Vaccine operations Central Provinces 1900-1911 - 1900-1911
Year: 1900
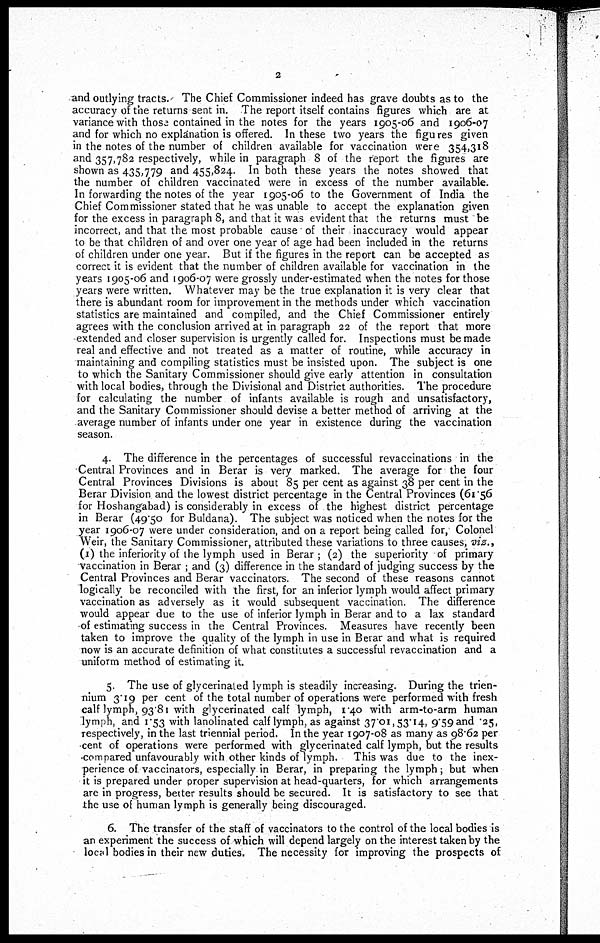
2
and outlying tracts. The Chief Commissioner indeed has grave doubts as to the
accuracy of the returns sent in. The report itself contains figures which are at
variance with those contained in the notes for the years 1905-06 and 1906-07
and for which no explanation is offered. In these two years the figures given
in the notes of the number of children available for vaccination were 354,318
and 357,782 respectively, while in paragraph 8 of the report the figures are
shown as 435,779 and 455,824. In both these years the notes showed that
the number of children vaccinated were in excess of the number available.
In forwarding the notes of the year 1905-06 to the Government of India the
Chief Commissioner stated that he was unable to accept the explanation given
for the excess in paragraph 8, and that it was evident that the returns must be
incorrect, and that the most probable cause of their inaccuracy would appear
to be that children of and over one year of age had been included in the returns
of children under one year. But if the figures in the report can be accepted as
correct it is evident that the number of children available for vaccination in the
years 1905-06 and 1906-07 were grossly under-estimated when the notes for those
years were written. Whatever may be the true explanation it is very clear that
there is abundant room for improvement in the methods under which vaccination
statistics are maintained and compiled, and the Chief Commissioner entirely
agrees with the conclusion arrived at in paragraph 22 of the report that more
extended and closer supervision is urgently called for. Inspections must be made
real and effective and not treated as a matter of routine, while accuracy in
maintaining and compiling statistics must be insisted upon. The subject is one
to which the Sanitary Commissioner should give early attention in consultation
with local bodies, through the Divisional and District authorities. The procedure
for calculating the number of infants available is rough and unsatisfactory,
and the Sanitary Commissioner should devise a better method of arriving at the
average number of infants under one year in existence during the vaccination
season.
4. The difference in the percentages of successful revaccinations in the
Central Provinces and in Berar is very marked. The average for the four
Central Provinces Divisions is about 85 per cent as against 38 per cent in the
Berar Division and the lowest district percentage in the Central Provinces (61.56
for Hoshangabad) is considerably in excess of the highest district percentage
in Berar (49.50 for Buldana). The subject was noticed when the notes for the
year 1906-07 were under consideration, and on a report being called for, Colonel
Weir, the Sanitary Commissioner, attributed these variations to three causes, viz.,
(1) the inferiority of the lymph used in Berar; (2) the superiority of primary
vaccination in Berar; and (3) difference in the standard of judging success by the
Central Provinces and Berar vaccinators. The second of these reasons cannot
logically be reconciled with the first, for an inferior lymph would affect primary
vaccination as adversely as it would subsequent vaccination. The difference
would appear due to the use of inferior lymph in Berar and to a lax standard
of estimating success in the Central Provinces. Measures have recently been
taken to improve the quality of the lymph in use in Berar and what is required
now is an accurate definition of what constitutes a successful revaccination and a
uniform method of estimating it.
5. The use of glycerinated lymph is steadily increasing. During the trien-
nium 3.19 per cent of the total number of operations were performed with fresh
calf lymph, 93.81 with glycerinated calf lymph, 1.40 with arm-to-arm human
lymph, and 1.53 with lanolinated calf lymph, as against 37.01, 53.14, 9.59 and 25,
respectively, in the last triennial period. In the year 1907-08 as many as 98.62 per
cent of operations were performed with glycerinated calf lymph, but the results
compared unfavourably with other kinds of lymph. This was due to the inex-
perience of vaccinators, especially in Berar, in preparing the lymph; but when
it is prepared under proper supervision at head-quarters, for which arrangements
are in progress, better results should be secured. It is satisfactory to see that
the use of human lymph is generally being discouraged.
6. The transfer of the staff of vaccinators to the control of the local bodies is
an experiment the success of which will depend largely on the interest taken by the
local bodies in their new duties. The necessity for improving the prospects of